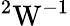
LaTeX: ^2\mathrm{W}^{-1}